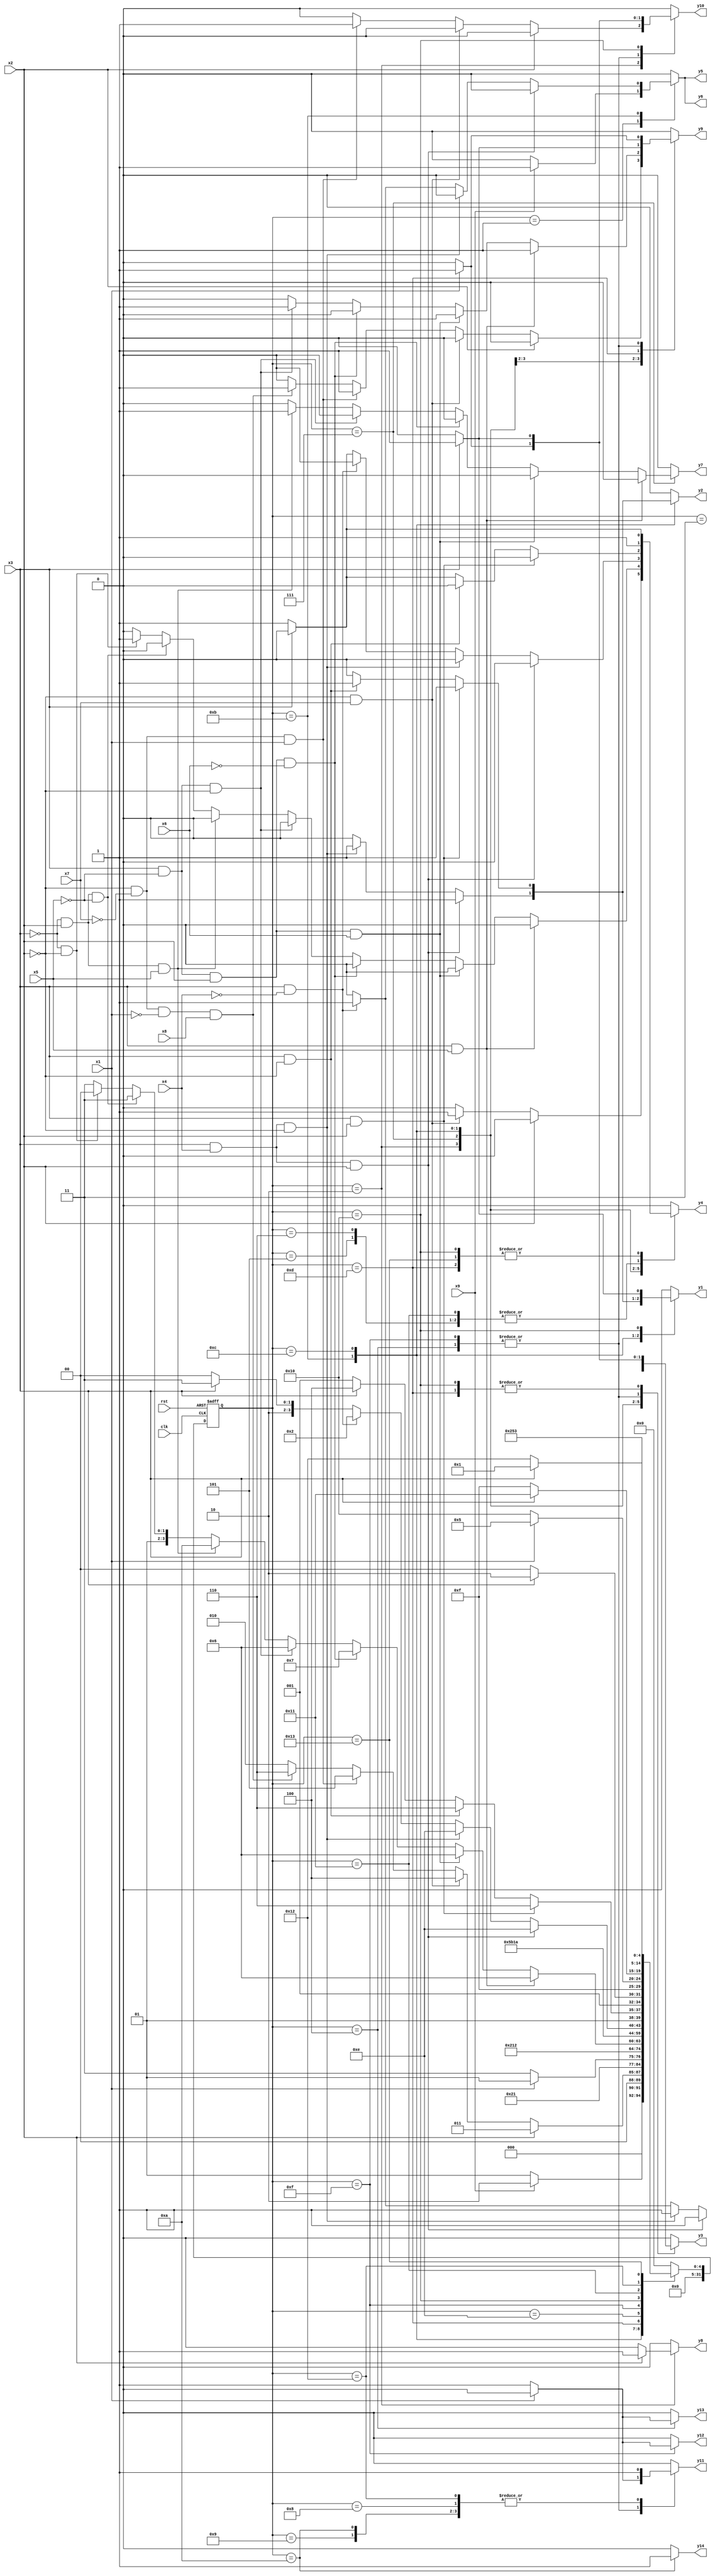
module lightnew ( clk,rst,
	x1, x2, x3, x4, x5, x6, x7, x8, x9, 
	y1, y2, y3, y4, y5, y6, y7, y8, y9, y10, y11, y12, y13, y14);

input clk, rst, x1, x2, x3, x4, x5, x6, x7, x8, x9;
output y1, y2, y3, y4, y5, y6, y7, y8, y9, y10, y11, y12, y13, y14;
reg y1, y2, y3, y4, y5, y6, y7, y8, y9, y10, y11, y12, y13, y14;

parameter s1=1, s2=2, s3=3, s4=4, s5=5, s6=6, s7=7, s8=8, s9=9, s10=10,	s11=11, s12=12, s13=13, s14=14, s15=15, s16=16, s17=17, s18=18, s19=19;
integer pr_state;
integer nx_state;

always@ ( posedge rst or negedge clk )
begin
	if ( rst == 1'b1 )
		pr_state = s1;
	else
		pr_state = nx_state;
end

always@ ( pr_state or x1 or x2 or x3 or x4 or x5 or x6 or x7 or x8 or x9)
	begin
			y1 = 1'b0;	y2 = 1'b0;	y3 = 1'b0;	y4 = 1'b0;	
			y5 = 1'b0;	y6 = 1'b0;	y7 = 1'b0;	y8 = 1'b0;	
			y9 = 1'b0;	y10 = 1'b0;	y11 = 1'b0;	y12 = 1'b0;	
			y13 = 1'b0;	y14 = 1'b0;	
		case ( pr_state )
				s1 : if( x9 )
						begin
							y3 = 1'b1;	y5 = 1'b1;	y6 = 1'b1;	
							nx_state = s2;
						end
					else if( ~x9 )
						nx_state = s1;
					else nx_state = s1;
				s2 : if( x2 )
						begin
							y8 = 1'b1;	
							nx_state = s3;
						end
					else if( ~x2 && x7 )
						begin
							y4 = 1'b1;	
							nx_state = s4;
						end
					else if( ~x2 && ~x7 && x1 )
						begin
							y3 = 1'b1;	y9 = 1'b1;	y10 = 1'b1;	
							nx_state = s5;
						end
					else if( ~x2 && ~x7 && ~x1 && x8 )
						begin
							y3 = 1'b1;	y9 = 1'b1;	
							nx_state = s6;
						end
					else if( ~x2 && ~x7 && ~x1 && ~x8 )
						nx_state = s2;
					else nx_state = s2;
				s3 : if( 1'b1 )
						begin
							y4 = 1'b1;	
							nx_state = s4;
						end
					else nx_state = s3;
				s4 : if( x1 )
						begin
							y3 = 1'b1;	y9 = 1'b1;	y10 = 1'b1;	
							nx_state = s5;
						end
					else if( ~x1 )
						begin
							y11 = 1'b1;	y13 = 1'b1;	
							nx_state = s7;
						end
					else nx_state = s4;
				s5 : if( 1'b1 )
						begin
							y4 = 1'b1;	
							nx_state = s8;
						end
					else nx_state = s5;
				s6 : if( 1'b1 )
						begin
							y4 = 1'b1;	
							nx_state = s9;
						end
					else nx_state = s6;
				s7 : if( x3 && x5 )
						begin
							y3 = 1'b1;	y9 = 1'b1;	
							nx_state = s6;
						end
					else if( x3 && ~x5 && x2 && x6 )
						begin
							y3 = 1'b1;	y9 = 1'b1;	
							nx_state = s6;
						end
					else if( x3 && ~x5 && x2 && ~x6 )
						nx_state = s7;
					else if( x3 && ~x5 && ~x2 )
						begin
							y3 = 1'b1;	y9 = 1'b1;	
							nx_state = s6;
						end
					else if( ~x3 && x2 && x5 )
						begin
							y7 = 1'b1;	
							nx_state = s10;
						end
					else if( ~x3 && x2 && ~x5 )
						nx_state = s7;
					else if( ~x3 && ~x2 )
						begin
							y4 = 1'b1;	
							nx_state = s4;
						end
					else nx_state = s7;
				s8 : if( 1'b1 )
						begin
							y11 = 1'b1;	
							nx_state = s11;
						end
					else nx_state = s8;
				s9 : if( 1'b1 )
						begin
							y11 = 1'b1;	
							nx_state = s12;
						end
					else nx_state = s9;
				s10 : if( 1'b1 )
						begin
							y11 = 1'b1;	y14 = 1'b1;	
							nx_state = s13;
						end
					else nx_state = s10;
				s11 : if( x3 && x4 && x2 )
						begin
							y1 = 1'b1;	y2 = 1'b1;	y3 = 1'b1;	
							nx_state = s14;
						end
					else if( x3 && x4 && ~x2 )
						begin
							y1 = 1'b1;	y2 = 1'b1;	y3 = 1'b1;	
							nx_state = s14;
						end
					else if( x3 && ~x4 )
						begin
							y3 = 1'b1;	y5 = 1'b1;	y6 = 1'b1;	
							nx_state = s2;
						end
					else if( ~x3 )
						begin
							y4 = 1'b1;	
							nx_state = s8;
						end
					else nx_state = s11;
				s12 : if( x3 && x2 )
						begin
							y1 = 1'b1;	y2 = 1'b1;	y3 = 1'b1;	
							nx_state = s14;
						end
					else if( x3 && ~x2 )
						begin
							y1 = 1'b1;	y2 = 1'b1;	y3 = 1'b1;	
							nx_state = s14;
						end
					else if( ~x3 )
						begin
							y4 = 1'b1;	
							nx_state = s9;
						end
					else nx_state = s12;
				s13 : if( x3 )
						begin
							y3 = 1'b1;	y9 = 1'b1;	
							nx_state = s6;
						end
					else if( ~x3 )
						begin
							y4 = 1'b1;	
							nx_state = s4;
						end
					else nx_state = s13;
				s14 : if( 1'b1 )
						begin
							y4 = 1'b1;	
							nx_state = s15;
						end
					else nx_state = s14;
				s15 : if( x1 )
						begin
							y3 = 1'b1;	y9 = 1'b1;	y10 = 1'b1;	
							nx_state = s5;
						end
					else if( ~x1 )
						begin
							y11 = 1'b1;	y12 = 1'b1;	
							nx_state = s16;
						end
					else nx_state = s15;
				s16 : if( x3 )
						begin
							y1 = 1'b1;	y3 = 1'b1;	y10 = 1'b1;	
							nx_state = s17;
						end
					else if( ~x3 )
						begin
							y4 = 1'b1;	
							nx_state = s15;
						end
					else nx_state = s16;
				s17 : if( 1'b1 )
						begin
							y4 = 1'b1;	
							nx_state = s18;
						end
					else nx_state = s17;
				s18 : if( 1'b1 )
						begin
							y11 = 1'b1;	
							nx_state = s19;
						end
					else nx_state = s18;
				s19 : if( x3 )
						nx_state = s1;
					else if( ~x3 )
						begin
							y4 = 1'b1;	
							nx_state = s18;
						end
					else nx_state = s19;

			default : nx_state = 0;
		endcase
	end
endmodule